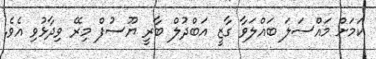
ކަމަށް މައްސަލަ ބައްލަވާ ގާޒީ އަބްދުލް ބާރީ ޔޫސުފް މިރޭ ވިދާޅުވި އެވެ.